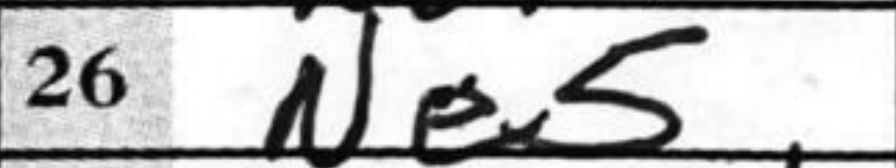
Transcription: Ne5